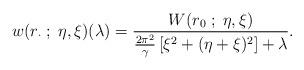
LaTeX: \begin{align*} w(r_\cdot \; ;\; \eta, \xi)(\lambda) = \frac{W(r_0\; ;\; \eta,\xi)}{\frac {2\pi^2}{\gamma}\left[\xi^2 + (\eta+\xi)^2\right] + \lambda}.\end{align*}